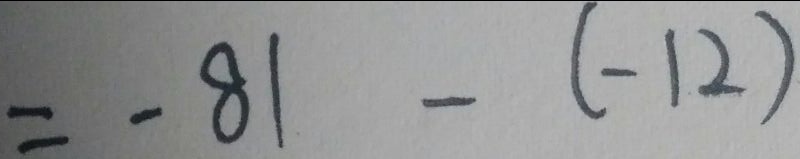
= - 8 1 - ( - 1 2 )